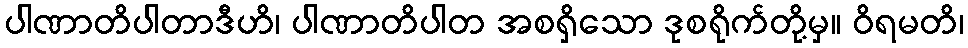
ပါဏာတိပါတာဒီဟိ၊ ပါဏာတိပါတ အစရှိသော ဒုစရိုက်တို့မှ။ ဝိရမတိ၊